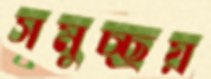
সমুচ্ছ্রয়